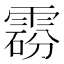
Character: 𩃼